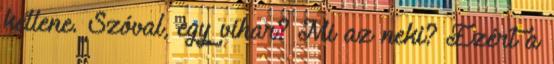
kellene. Szóval, egy vihar? Mi az neki? Ezért a